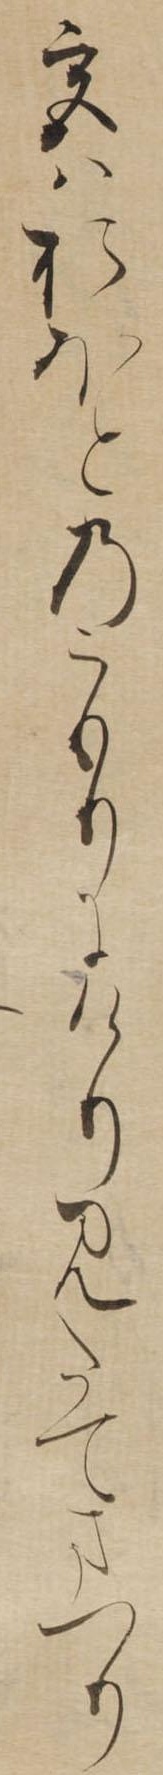
宮はおほとのこもりにけりみたてまつり